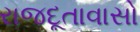
રાજદૂતાવાસો